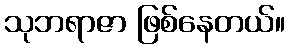
သုဘရာဇာ ဖြစ်နေတယ်။